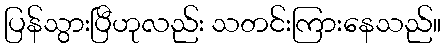
ပြန်သွားပြီဟုလည်း သတင်းကြားနေသည်။